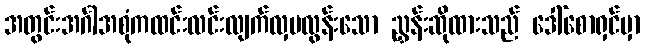
အတွင်းအင်္ဂါအစုံကထင်းလင်းလျက်လှပလွန်းသော ညွှန်းဆိုထားသည် ဒေါ်စောရှင်မှာ